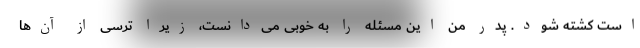
است کشته شود. پدر من این مسئله را به خوبی می‌دانست، زیرا ترسی از آن‌ها